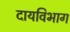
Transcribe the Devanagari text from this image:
दायविभाग